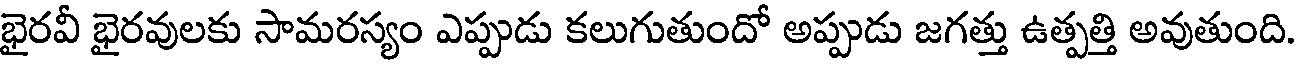
భైరవీ భైరవులకు సామరస్యం ఎప్పుడు కలుగుతుందో అప్పుడు జగత్తు ఉత్పత్తి అవుతుంది